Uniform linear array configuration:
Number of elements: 32
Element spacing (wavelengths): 1
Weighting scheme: cosine
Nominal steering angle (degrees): -45
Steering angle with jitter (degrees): -43.066
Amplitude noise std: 0.05
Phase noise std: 0.05

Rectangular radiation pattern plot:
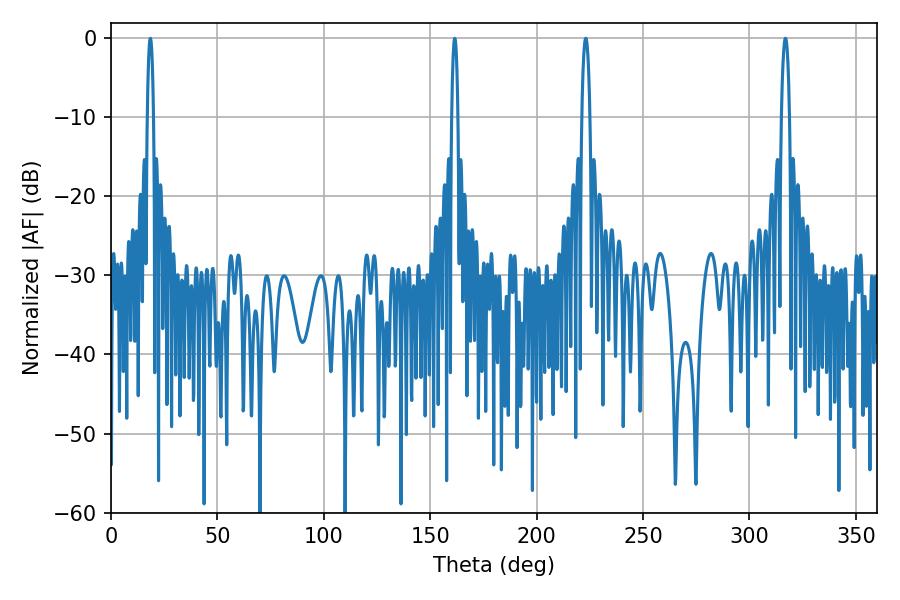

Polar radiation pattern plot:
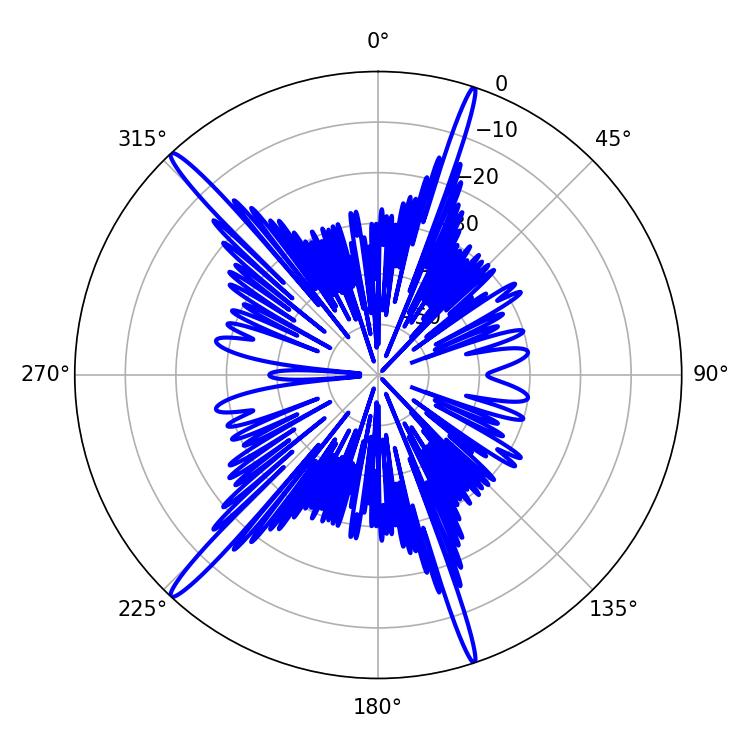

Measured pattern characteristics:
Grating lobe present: TRUE
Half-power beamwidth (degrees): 1.98
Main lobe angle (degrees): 223.02